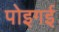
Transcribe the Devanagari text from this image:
पोइगई